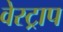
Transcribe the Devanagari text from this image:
वेस्ट्राप